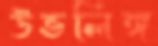
উভলিঙ্গ